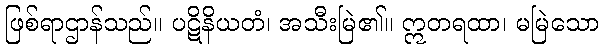
ဖြစ်ရာဌာန်သည်။ ပဋိနိယတံ၊ အသီးမြဲ၏။ ဣတရထာ၊ မမြဲသော